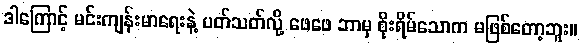
ဒါကြောင့် မင်းကျန်းမာရေးနဲ့ ပတ်သတ်လို့ ဖေဖေ ဘာမှ စိုးရိမ်သောက မဖြစ်တော့ဘူး။